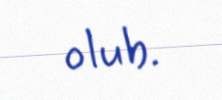
olub.